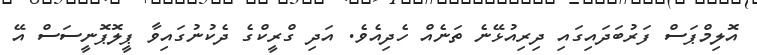
އޮލިމްޕަސް ފަރުބަދައިގައި ދިރިއުޅޭނެ ތަނެއް ހެދިއެވެ. އަދި ގްރީކްގެ ދެކުނުގައިވާ ޕީލޮޕޮނީސަސް އޭ